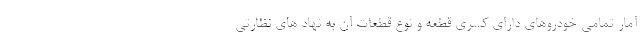
آمار تمامی خودروهای دارای کسری قطعه و نوع قطعات آن به نهاد های نظارتی